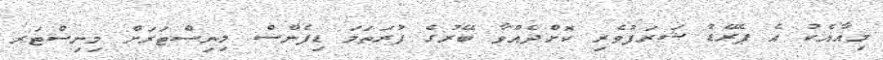
މިއާއެކު އެ ޕެރޭޑު ޝަރަފުވެރި ކޮށްދެއްވާ ބޭރުގެ ފުރަތަމަ ޑިފެންސް މިނިސްޓަރަށް މިނިސްޓަރ